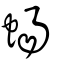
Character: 蝪